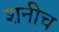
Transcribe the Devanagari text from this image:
शनीच